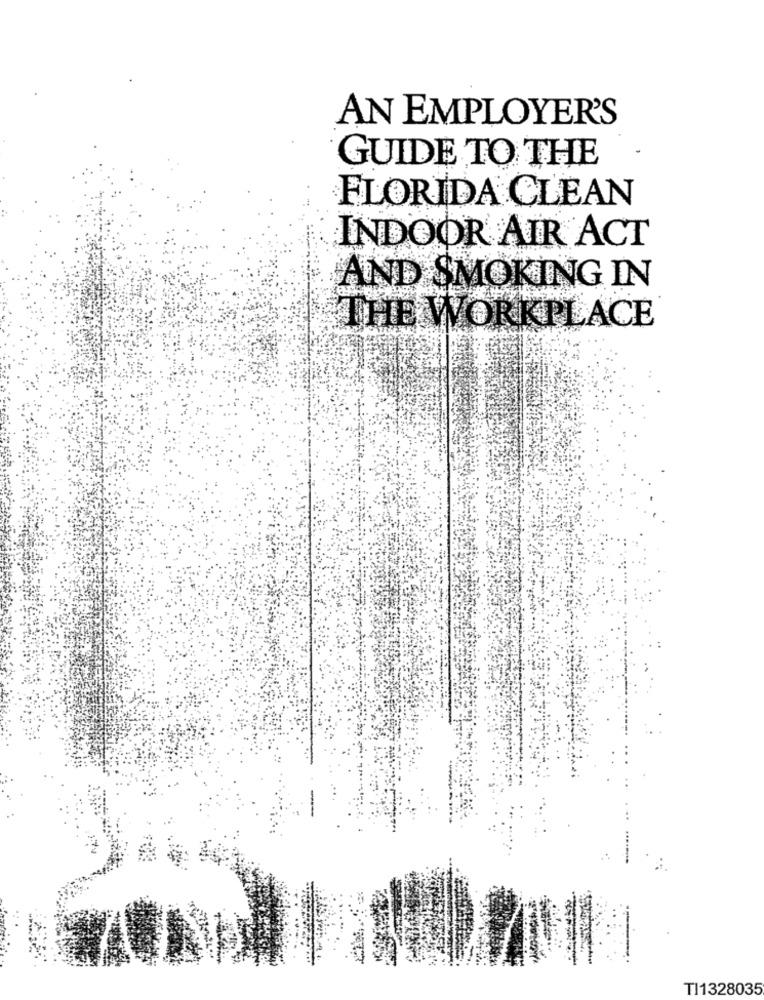
AN EMPLOYER'S
GUIDE TO THE
FLORIDA CLEAN
INDOOR AIR ACT
AND SMOKING IN
THE WORKPLACE
TI1328035